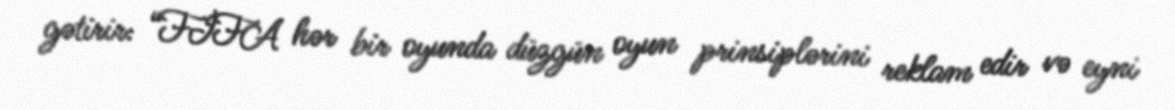
gətirir: “FİFA hər bir oyunda düzgün oyun prinsiplərini reklam edir və eyni